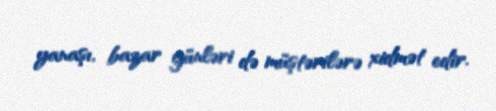
yanaşı, bazar günləri də müştərilərə xidmət edir.